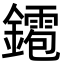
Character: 䥤